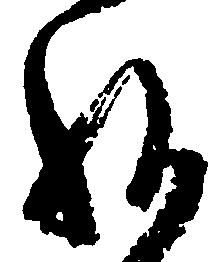
給